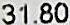
31.80